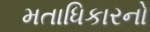
મતાધિકારનો